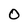
Character: O